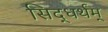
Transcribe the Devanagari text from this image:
सिद्धर्थम्